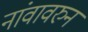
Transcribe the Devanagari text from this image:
नांवावरुन